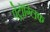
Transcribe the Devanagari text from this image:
पेट्रोग्लिफ